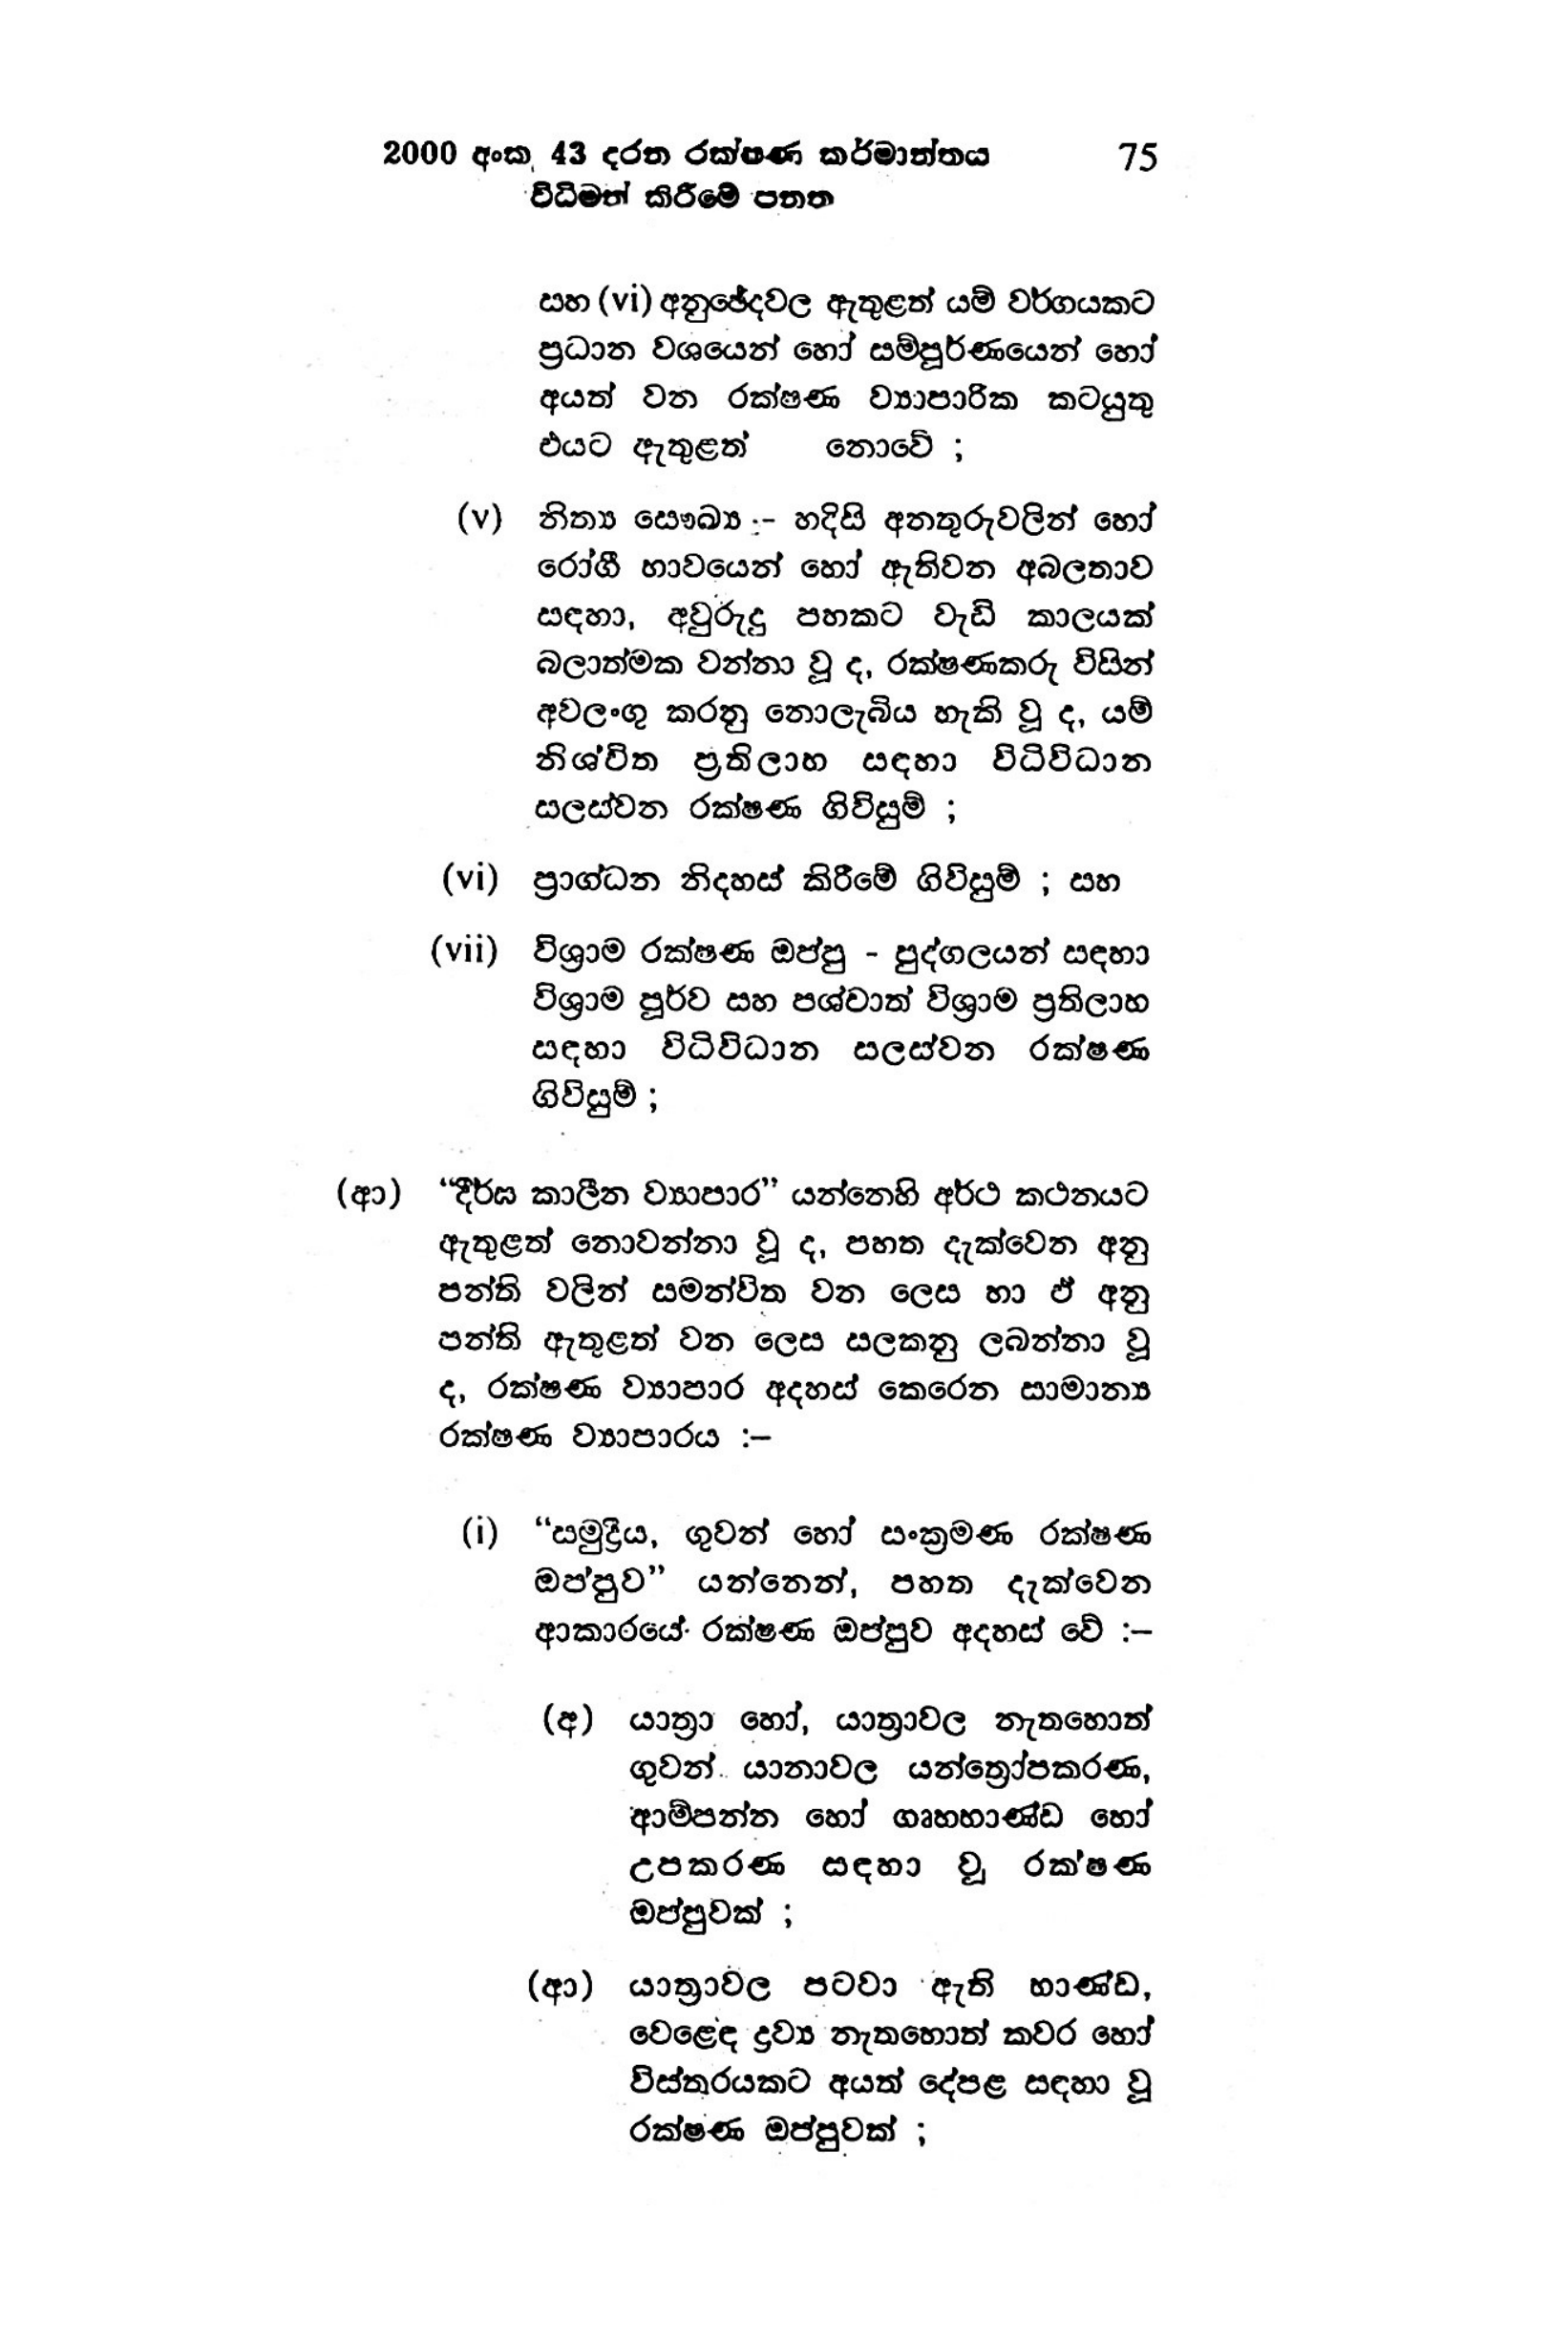
2000 අංක 43 දරන රක්ෂණ කර්මාන්තය 75
විධිමත් කිරීමේ පනත

සහ (vi) අනුඡේදවල ඇතුළත් යම් වර්ගයකට
ප්‍රධාන වශයෙන් හෝ සම්පූර්ණයෙන් හෝ
අයත් වන රක්ෂණ ව්‍යාපාරික කටයුතු
එයට ඇතුළත් නොවේ ;

(v) නිත්‍ය සෞඛ්‍ය :- හදිසි අනතුරුවලින් හෝ
රෝගී භාවයෙන් හෝ ඇතිවන අබලතාව
සඳහා, අවුරුදු පහකට වැඩි කාලයක්
බලාත්මක වන්නා වූ ද, රක්ෂණකරු විසින්
අවලංගු කරනු නොලැබිය හැකි වූ ද, යම්
නිශ්චිත ප්‍රතිලාභ සඳහා විධිවිධාන
සලස්වන රක්ෂණ ගිවිසුම් ;

(vi) ප්‍රාග්ධන නිදහස් කිරීමේ ගිවිසුම් ; සහ

(vii) විශ්‍රාම රක්ෂණ ඔප්පු - පුද්ගලයන් සඳහා
විශ්‍රාම පූර්ව සහ පශ්චාත් විශ්‍රාම ප්‍රතිලාභ
සඳහා විධිවිධාන සලස්වන රක්ෂණ
ගිවිසුම්;

(ආ) “දීර්ඝ කාලීන ව්‍යාපාර” යන්නෙහි අර්ථ කථනයට
ඇතුළත් නොවන්නා වූ ද, පහත දැක්වෙන අනු
පන්ති වලින් සමන්විත වන ලෙස හා ඵ් අනු
පන්ති ඇතුළත් වන ලෙස සලකනු ලබන්නා වූ
ද, රක්ෂණ ව්‍යාපාර අදහස් කෙරෙන සාමාන්‍ය
රක්ෂණ ව්‍යාපාරය :-

(i) “ සමුද්‍රීය, ගුවන් හෝ සංක්‍රමණ රක්ෂණ
ඔප්පුව" යන්නෙන්, පහත දැක්වෙන
ආකාරයේ රක්ෂණ ඔප්පුව අදහස් වේ :-

(අ) යාත්‍රා හෝ, යාත්‍රාවල නැතහොත්
ගුවන් යානාවල යන්ත්‍රෝපකරණ,
ආම්පන්න හෝ ගෘහභාණ්ඩ හෝ
උපකරණ සඳහා වූ රක්ෂණ
ඔප්පුවක් ;

(ආ) යාත්‍රාවල පටවා ඇති භාණ්ඩ,
වෙළෙඳ ද්‍රව්‍ය නැතහොත් කවර හෝ
විස්තරයකට අයත් දේපළ සඳහා වූ
රක්ෂණ ඔප්පුවක් ;